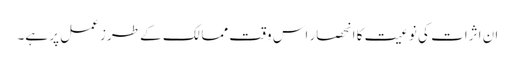
ان اثرات کی نوعیت کا انحصار اس وقت ممالک کے طرز عمل پر ہے۔